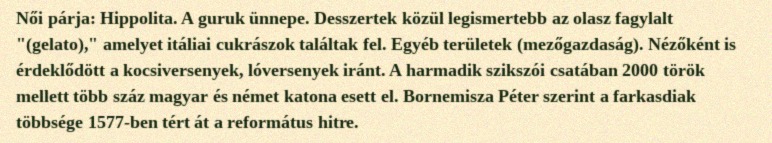
Női párja: Hippolita. A guruk ünnepe. Desszertek közül legismertebb az olasz fagylalt "(gelato)," amelyet itáliai cukrászok találtak fel. Egyéb területek (mezőgazdaság). Nézőként is érdeklődött a kocsiversenyek, lóversenyek iránt. A harmadik szikszói csatában 2000 török mellett több száz magyar és német katona esett el. Bornemisza Péter szerint a farkasdiak többsége 1577-ben tért át a református hitre.